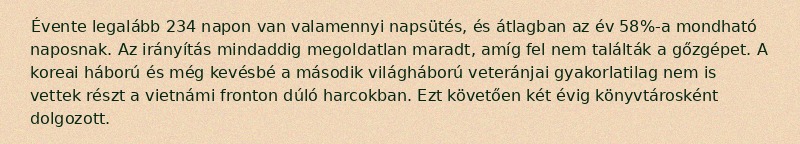
Évente legalább 234 napon van valamennyi napsütés, és átlagban az év 58%-a mondható naposnak. Az irányítás mindaddig megoldatlan maradt, amíg fel nem találták a gőzgépet. A koreai háború és még kevésbé a második világháború veteránjai gyakorlatilag nem is vettek részt a vietnámi fronton dúló harcokban. Ezt követően két évig könyvtárosként dolgozott.